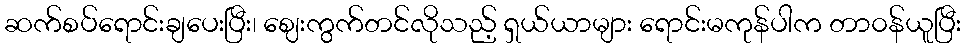
ဆက်စပ်ရောင်းချပေးပြီး၊ ဈေးကွက်တင်လိုသည့် ရှယ်ယာများ ရောင်းမကုန်ပါက တာ၀န်ယူပြီး